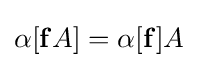
\alpha [\mathbf {f} A]=\alpha [\mathbf {f} ]A